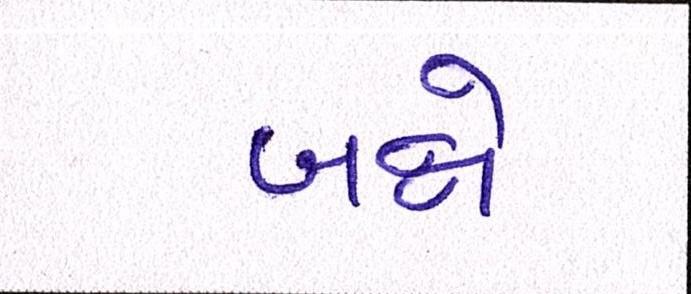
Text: બન્ને